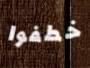
خطفوا